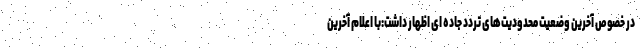
در خصوص آخرین وضعیت محدودیت‌های تردد جاده ای اظهار داشت:با اعلام آخرین